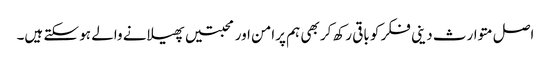
اصل متوارث دینی فکر کو باقی رکھ کر بھی ہم پرامن اور محبتیں پھیلانے والے ہو سکتے ہیں۔